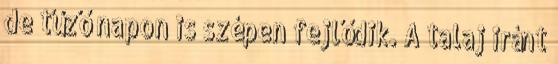
de tűző napon is szépen fejlődik. A talaj iránt